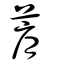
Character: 菺